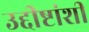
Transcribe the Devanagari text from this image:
उद्दीष्टांशी